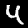
Label: 4